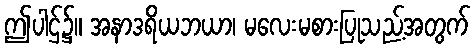
ဤပါဌ်၌။ အနာဒရိယဘယာ၊ မလေးမစားပြုသည့်အတွက်